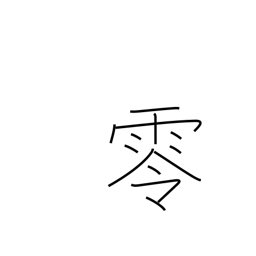
Meaning: overflow